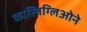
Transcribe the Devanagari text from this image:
कास्तिग्लिओने